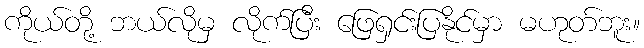
ကိုယ်တို့ ဘယ်လိုမှ လိုက်ပြီး ဖြေရှင်းပြနိုင်မှာ မဟုတ်ဘူး။